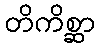
တိကိစ္ဆာ